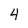
Character: 4